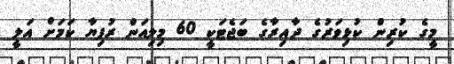
މީގެ ކުރިން ކުޅިވަރުގެ ދާއިރާގެ ބަޖެޓަކީ 60 މިލިއަން ރުފިޔާ ކަމަށް އަލީ